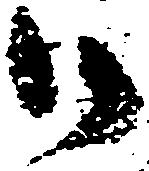
御